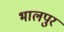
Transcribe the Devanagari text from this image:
भालपुर